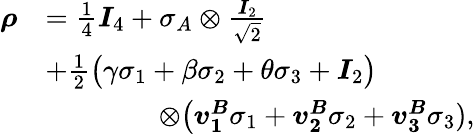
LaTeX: \begin{array}{rl}{\boldsymbol{\rho}}&{=\frac{1}{4}\boldsymbol{I}_{4}+\sigma_{A}\otimes\frac{\boldsymbol{I}_{2}}{\sqrt{2}}}\\ &{+\frac{1}{2}\big(\gamma\sigma_{1}+\beta\sigma_{2}+\theta\sigma_{3}+\boldsymbol{I}_{2}\big)}\\ &{\qquad\qquad\otimes\big(\boldsymbol{v_{1}^{B}}\sigma_{1}+\boldsymbol{v_{2}^{B}}\sigma_{2}+\boldsymbol{v_{3}^{B}}\sigma_{3}),}\end{array}